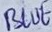
Text: BLUE